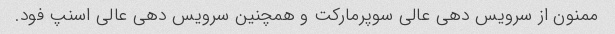
ممنون از سرویس دهی عالی سوپرمارکت و همچنین سرویس دهی عالی اسنپ فود.